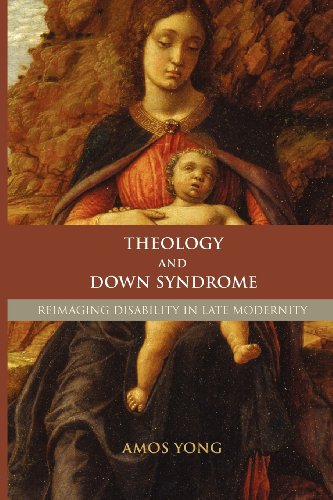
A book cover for Theology and Down Syndrome: Reimagining Disability in Late Modernity; Amos Yong; Health, Fitness & Dieting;